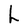
Character: h